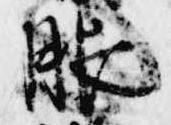
服